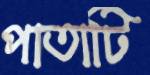
পাতাটি